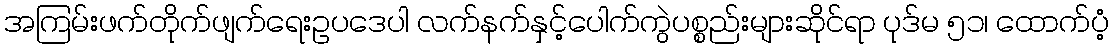
အကြမ်းဖက်တိုက်ဖျက်ရေးဥပဒေပါ လက်နက်နှင့်ပေါက်ကွဲပစ္စည်းများဆိုင်ရာ ပုဒ်မ ၅၁၊ ထောက်ပံ့